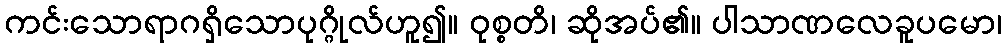
ကင်းသောရာဂရှိသောပုဂ္ဂိုလ်ဟူ၍။ ဝုစ္စတိ၊ ဆိုအပ်၏။ ပါသာဏလေခူပမော၊